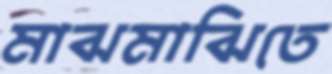
মাঝমাঝিতে